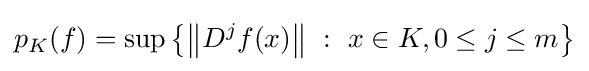
p_{K}(f)=\sup \left\{\left\|D^{j}f(x)\right\|\ :\ x\in K,0\leq j\leq m\right\}